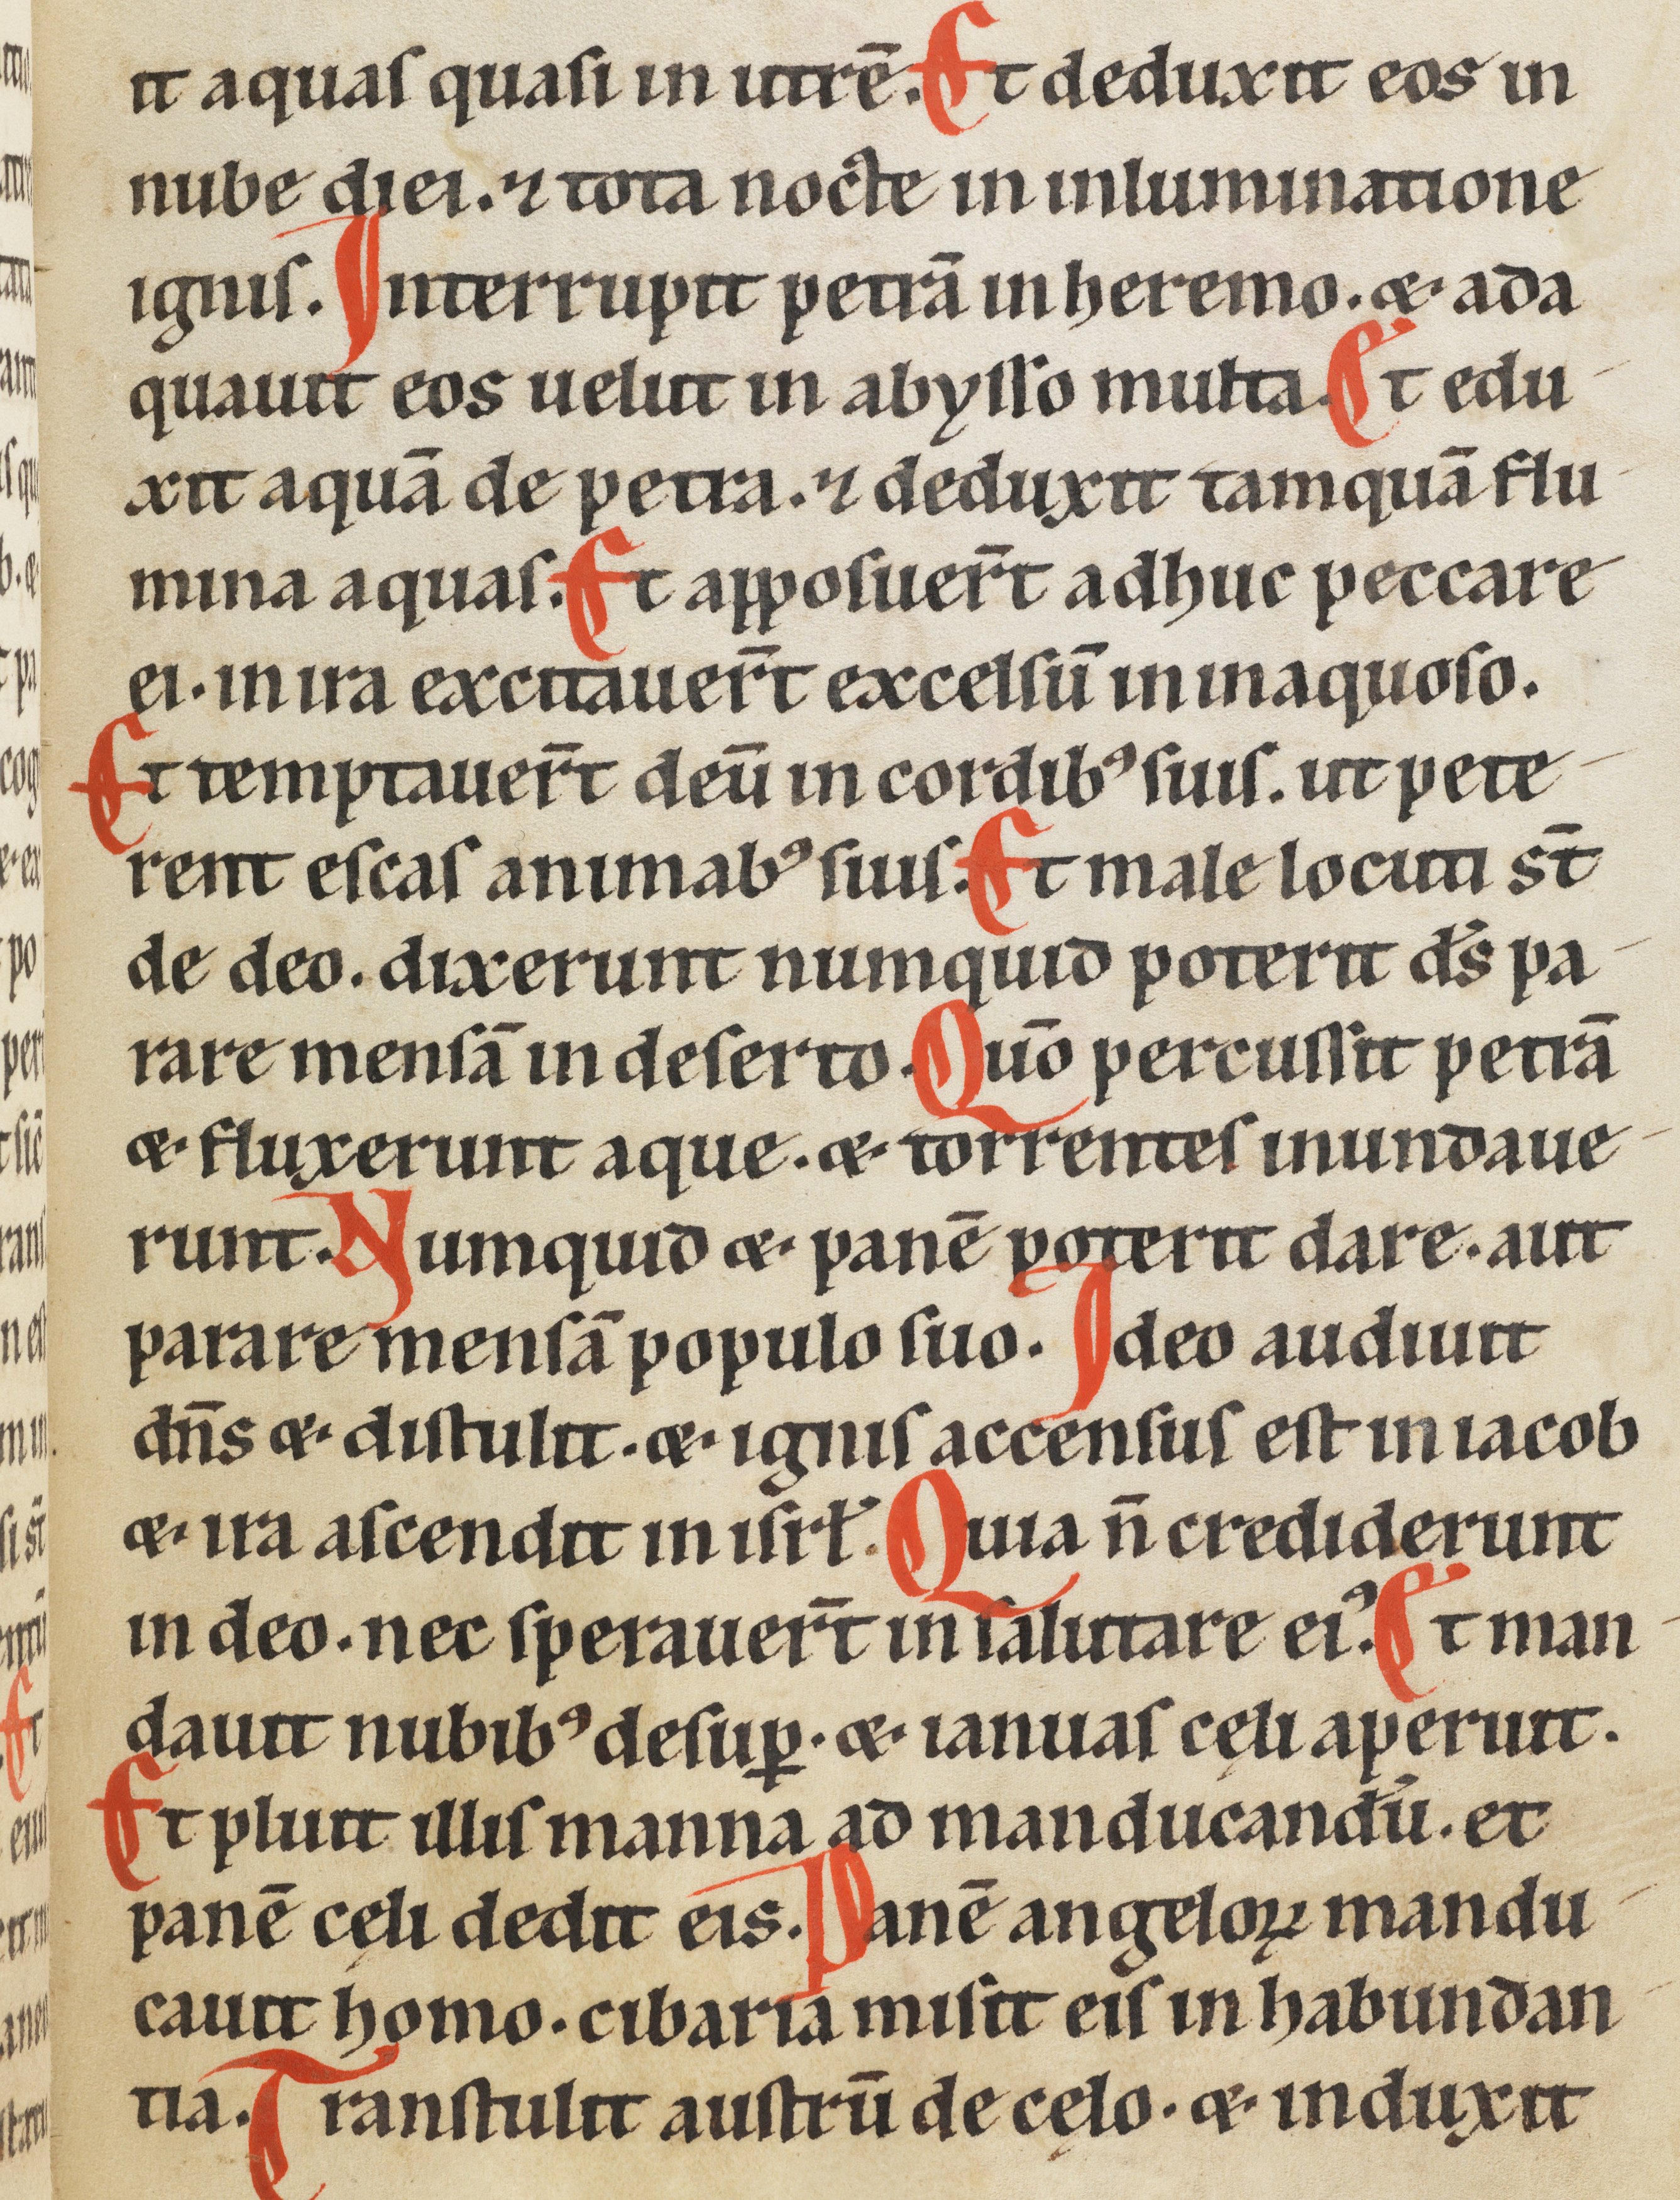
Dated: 1185–1249